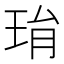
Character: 㻆